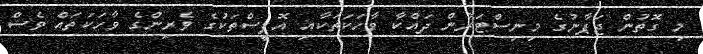
މި ގޮތުން ޖަޕާނުގެ މިނިސްޓަރުން ދައްކާ ވާހަކަތަކާއި އޮފީސްތަކުގެ ވެރިންގެ ވާހަކަތައް ވެސް